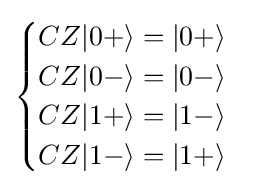
{\begin{cases}CZ|0+\rangle =|0+\rangle \\CZ|0-\rangle =|0-\rangle \\CZ|1+\rangle =|1-\rangle \\CZ|1-\rangle =|1+\rangle \end{cases}}